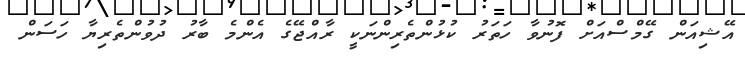
އޭޝިއަން ގޭމްސްއަށް ފޮނުވާ ހަތަރު ކުޅުންތެރިންނަކީ ރާއްޖޭގެ އެންމެ ބާރު ދުވުންތެރިޔާ ހަސަން